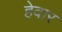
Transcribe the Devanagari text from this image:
हेवार